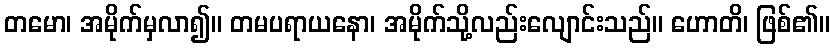
တမော၊ အမိုက်မှလာ၍။ တမပရာယနော၊ အမိုက်သို့လည်းလျောင်းသည်။ ဟောတိ၊ ဖြစ်၏။